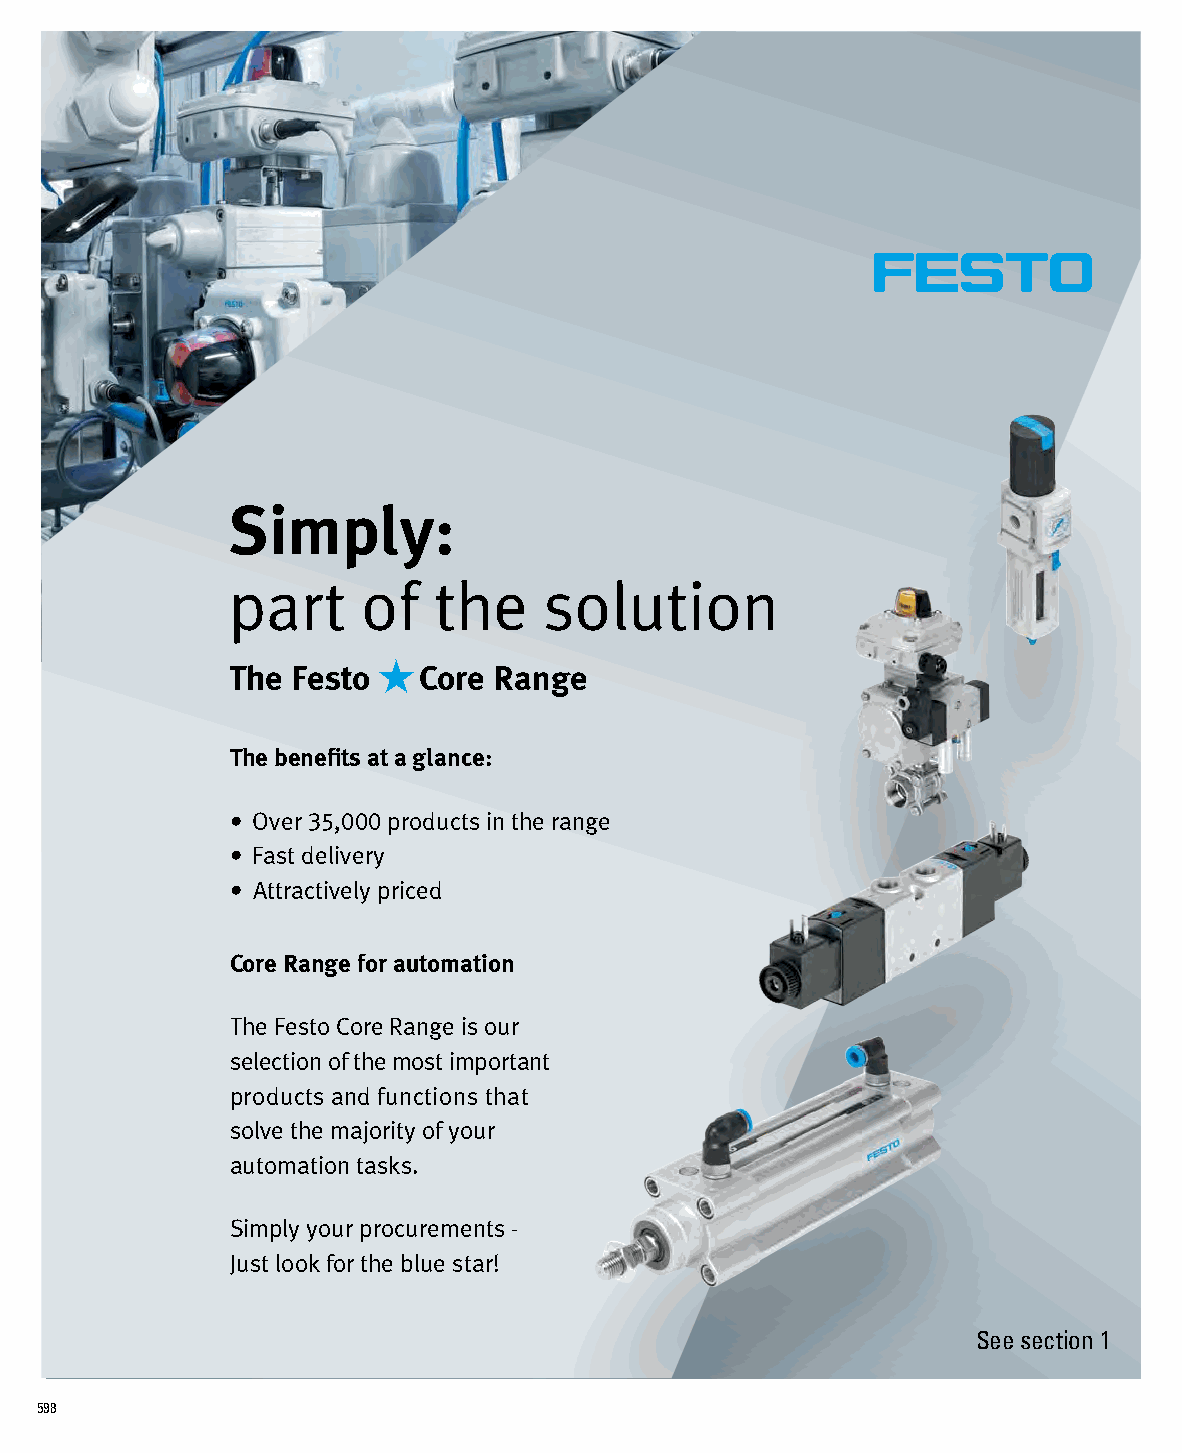
Simply:
 part     of   the    solution
 The Festo qCore   Range
 The benefits at a glance:
 • Over 35,000 products in the range
 • Fast delivery
 • Attractively priced
 Core Range for automation
 The Festo Core Range is our
 selection of the most important
 products and functions that
 solve the majority of your
 automation tasks.
 Simply your procurements -
 Just look for the blue star!
 See section 1
 598 TTbbdd__AAdd__FFlloowwtteecchh__220000xx224466__EENN220022111100__VV0011..iinndddd 11 2222..1100..22002211 1166::3388::5500